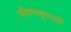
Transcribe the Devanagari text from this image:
जीवनवृत्तातों